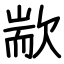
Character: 歂